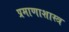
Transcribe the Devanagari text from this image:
प्रमाणाशास्त्र